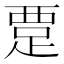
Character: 𬦭